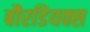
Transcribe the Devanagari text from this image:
बौरडियक्स